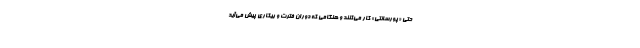
حتی «پورسانتی» کار می‌کنند و هنگامی که دوران فترت و بیکاری پیش می‌آید